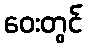
ဝေးတွင်